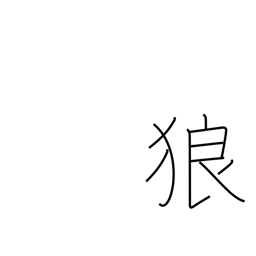
Meaning: wolf